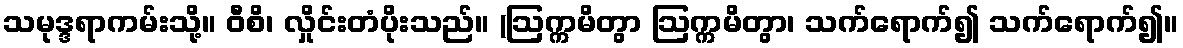
သမုဒ္ဒရာကမ်းသို့။ ဝီစိ၊ လှိုင်းတံပိုးသည်။ (ဩက္ကမိတွာ ဩက္ကမိတွာ၊ သက်ရောက်၍ သက်ရောက်၍။